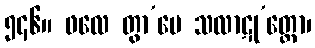
၅၄၆။ ဖလေ တွာ’မေ သလာဋု’တ္တော၊